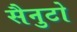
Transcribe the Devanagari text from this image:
सैनुटो